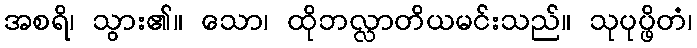
အစရိ၊ သွား၏။ သော၊ ထိုဘလ္လာတိယမင်းသည်။ သုပုပ္ဖိတံ၊